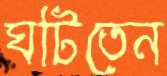
ঘটিতেন